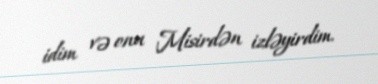
idim və onu Misirdən izləyirdim.